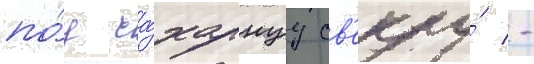
по́д са́харнуу св'еклу́ -